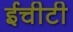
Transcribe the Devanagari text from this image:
ईचीटी